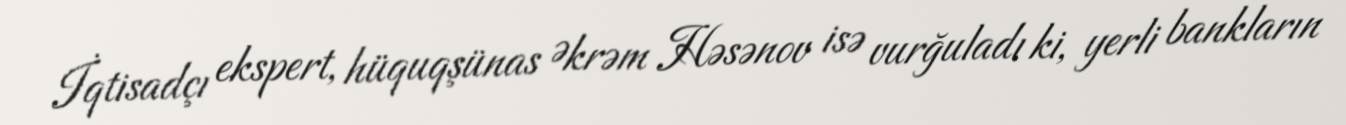
İqtisadçı ekspert, hüquqşünas Əkrəm Həsənov isə vurğuladı ki, yerli bankların